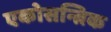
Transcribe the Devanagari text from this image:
एकोसन्त्रिक